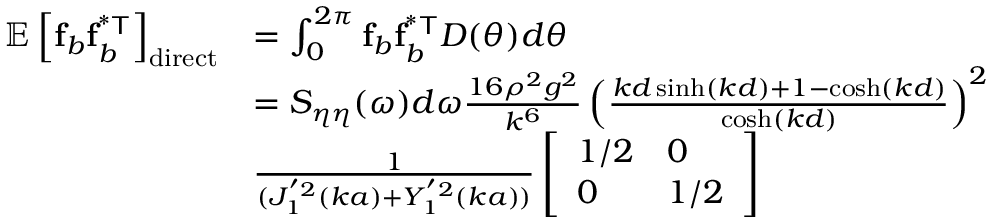
\begin{array} { r l } { \mathbb { E } \left[ \mathbf { f } _ { b } \mathbf { f } _ { b } ^ { \mathsf { ^ { * } T } } \right] _ { \mathrm { d i r e c t } } } & { = \int _ { 0 } ^ { 2 \pi } \mathbf { f } _ { b } \mathbf { f } _ { b } ^ { \mathsf { ^ { * } T } } D ( \theta ) d \theta } \\ & { = S _ { \eta \eta } ( \omega ) d \omega \frac { 1 6 \rho ^ { 2 } g ^ { 2 } } { k ^ { 6 } } \left( \frac { k d \sinh ( k d ) + 1 - \cosh ( k d ) } { \cosh ( k d ) } \right) ^ { 2 } } \\ & { \frac { 1 } { ( J _ { 1 } ^ { ' 2 } ( k a ) + Y _ { 1 } ^ { ' 2 } ( k a ) ) } \left[ \begin{array} { l l } { 1 / 2 } & { 0 } \\ { 0 } & { 1 / 2 } \end{array} \right] } \end{array}